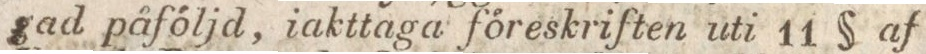
gad påföljd, iakttaga föreskriften uti 11 § af